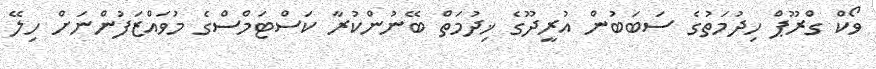
ވޯކް ގްރޫޕް ހިދުމަތުގެ ސަބަބުން އުރީދޫގެ ޚިދުމަތް ބޭނުންކުރާ ކަސްޓަމްސްގެ މުވައްޒަފުންނަށް ހިލޭ